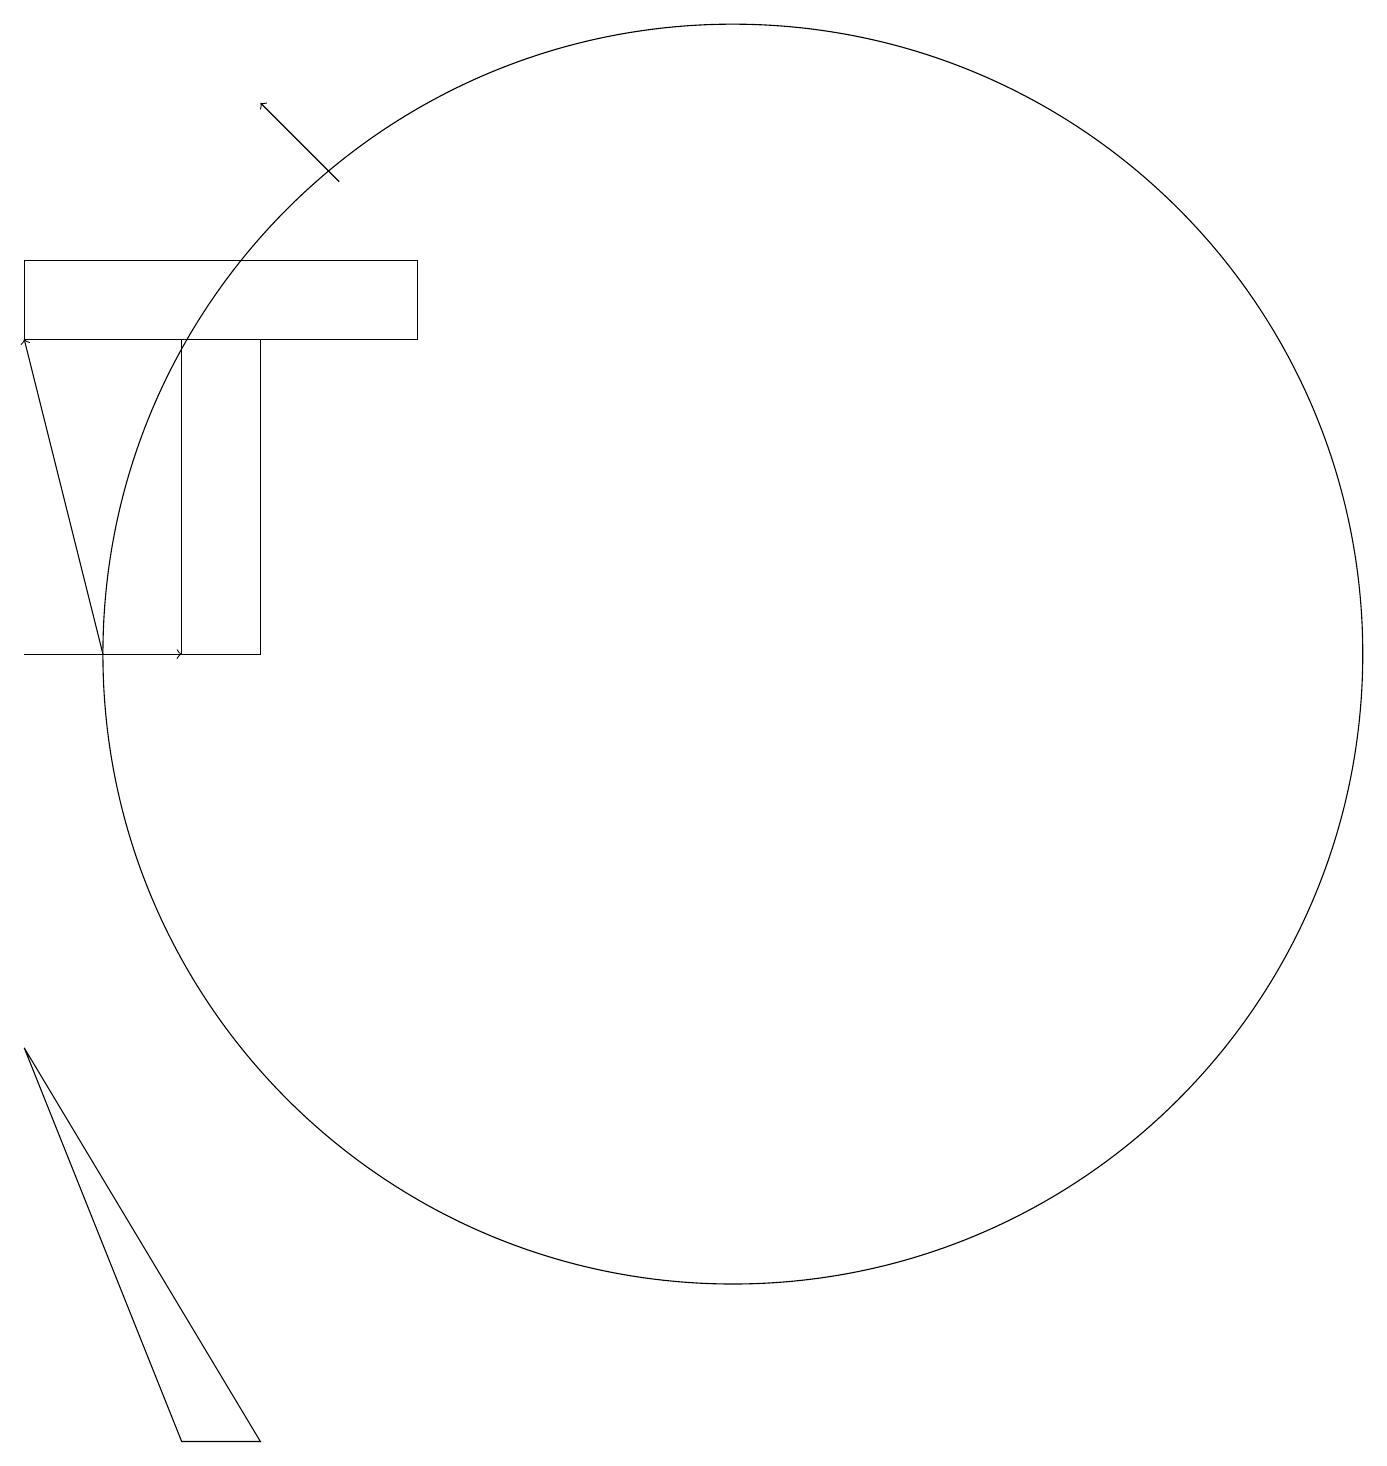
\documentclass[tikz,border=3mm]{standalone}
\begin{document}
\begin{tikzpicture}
\draw (2,14) rectangle (7,15);
\draw (4,14) rectangle (5,10);
\draw[->] (6,16) -- (5,17);
\draw (11,10) circle (8);
\draw[->] (3,10) -- (2,14);
\draw[->] (2,10) -- (4,10);
\draw (4,0) -- (2,5) -- (5,0) -- cycle;
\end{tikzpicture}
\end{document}